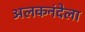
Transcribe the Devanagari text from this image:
अलकनंदेला